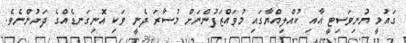
ގައުމީ ޔުނިވަސިޓީ އާއި ކުއްލިއްޔާގައި މުވައްޒަފުންނަށް މުސާރަ ދެނީ ވަކި އޮނިގަނޑެއްގެ ދަށުންނެވެ.